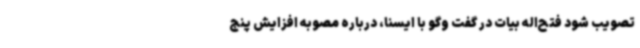
تصویب شود فتح‌اله بیات در گفت وگو با ایسنا، درباره مصوبه افزایش پنج